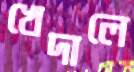
খেদালে